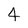
Character: 4